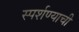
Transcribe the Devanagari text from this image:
स्पर्शण्याची